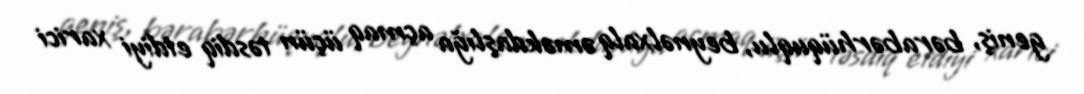
geniş, bərabərhüquqlu, beynəlxalq əməkdaşlığa açmaq üçün təsdiq etdiyi xarici